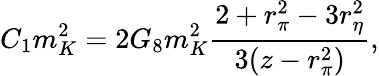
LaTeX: C_{1}m_{K}^{2}={2G_{8}m_{K}^{2}}{\frac{2+r_{\pi}^{2}-3r_{\eta}^{2}}{3(z-r_{\pi}^{2})}},